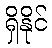
ရှိနိုင်